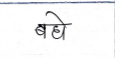
मजकूर: बधे